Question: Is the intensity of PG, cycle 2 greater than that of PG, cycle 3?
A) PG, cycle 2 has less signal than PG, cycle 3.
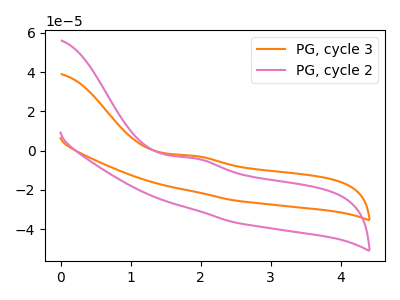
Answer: <think>The orange curve "PG, cycle 3" has an anodic peak at: (1.90V, -2.75uA). The pink curve "PG, cycle 2" has an anodic peak at: (1.90V, -3.95uA).
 All the peaks in "PG, cycle 2" have a peak in "PG, cycle 3" at the same potential. Every peak in "PG, cycle 2" is lower than every peak in "PG, cycle 3".</think>
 <answer>A) "PG, cycle 2" has less signal than "PG, cycle 3".</answer>
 <eval>A</eval>